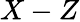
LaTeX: X-Z